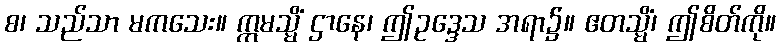
စ၊ သည်သာ မကသေး။ ဣမသ္မိံ ဌာနေ၊ ဤဥဒ္ဒေသ အရာ၌။ ဧတသ္မိံ၊ ဤစိတ်ကို။